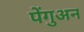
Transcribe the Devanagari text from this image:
पेंगुअन